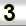
Digit: 3